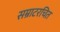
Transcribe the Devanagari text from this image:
सम्राटरचित